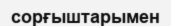
сорғыштарымен